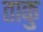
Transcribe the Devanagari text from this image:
ताकु